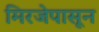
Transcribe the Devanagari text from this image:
मिरजेपासून